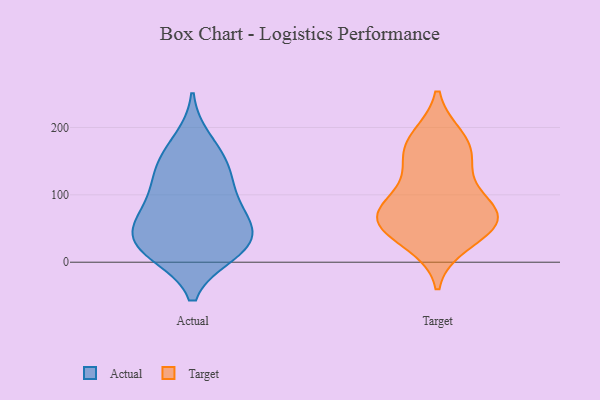
{"axis": {"x": "Bounce Rate (%)", "y": "Value"}, "legend": ["Actual", "Target"], "data": [{"x": "", "y": 145, "type": "Actual"}, {"x": "", "y": 17, "type": "Actual"}, {"x": "", "y": 49, "type": "Actual"}, {"x": "", "y": 96, "type": "Actual"}, {"x": "", "y": 181, "type": "Actual"}, {"x": "", "y": 44, "type": "Actual"}, {"x": "", "y": 16, "type": "Actual"}, {"x": "", "y": 150, "type": "Actual"}, {"x": "", "y": 98, "type": "Actual"}, {"x": "", "y": 57, "type": "Actual"}, {"x": "", "y": 67, "type": "Actual"}, {"x": "", "y": 128, "type": "Actual"}, {"x": "", "y": 27, "type": "Actual"}, {"x": "", "y": 13, "type": "Actual"}, {"x": "", "y": 58, "type": "Target"}, {"x": "", "y": 130, "type": "Target"}, {"x": "", "y": 77, "type": "Target"}, {"x": "", "y": 59, "type": "Target"}, {"x": "", "y": 84, "type": "Target"}, {"x": "", "y": 172, "type": "Target"}, {"x": "", "y": 74, "type": "Target"}, {"x": "", "y": 54, "type": "Target"}, {"x": "", "y": 183, "type": "Target"}, {"x": "", "y": 162, "type": "Target"}, {"x": "", "y": 30, "type": "Target"}]}